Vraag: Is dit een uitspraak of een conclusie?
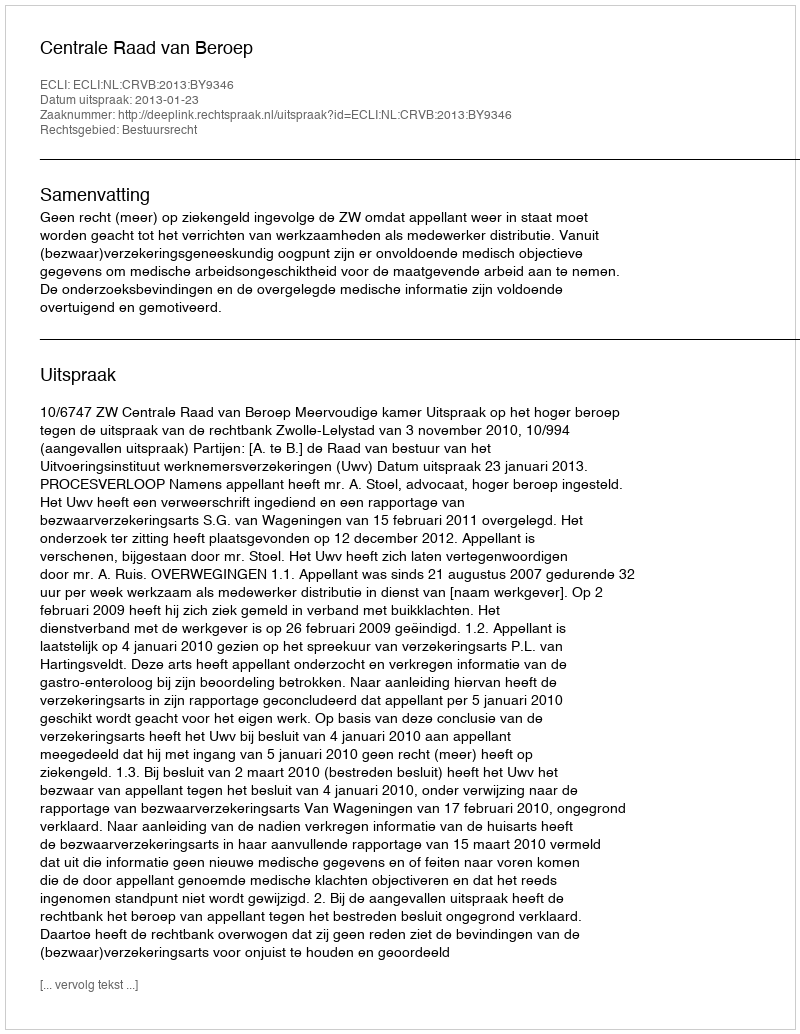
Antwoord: Uitspraak